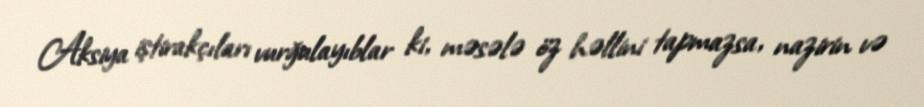
Aksiya iştirakçıları vurğulayıblar ki, məsələ öz həllini tapmazsa, nazirin və